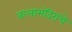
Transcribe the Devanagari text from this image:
कलामंदिराचे